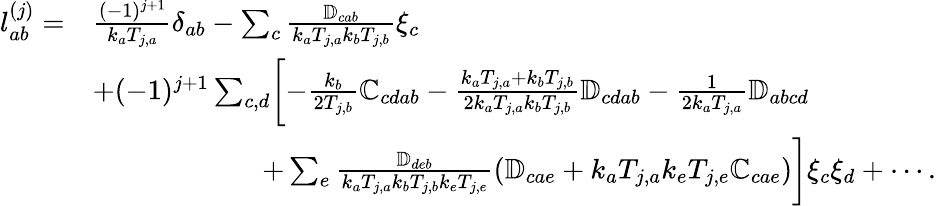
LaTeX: \begin{array}{rl}{\mathcal{l}_{ab}^{(j)}=}&{\frac{(-1)^{j+1}}{k_{a}T_{j,a}}\delta_{ab}-\sum_{c}\frac{\mathbb{D}_{cab}}{k_{a}T_{j,a}k_{b}T_{j,b}}\xi_{c}}\\ &{+(-1)^{j+1}\sum_{c,d}\biggl[-\frac{k_{b}}{2T_{j,b}}\mathbb{C}_{cdab}-\frac{k_{a}T_{j,a}+k_{b}T_{j,b}}{2k_{a}T_{j,a}k_{b}T_{j,b}}\mathbb{D}_{cdab}-\frac{1}{2k_{a}T_{j,a}}\mathbb{D}_{abcd}}\\ &{\qquad\qquad\qquad+\sum_{e}\frac{\mathbb{D}_{deb}}{k_{a}T_{j,a}k_{b}T_{j,b}k_{e}T_{j,e}}(\mathbb{D}_{cae}+k_{a}T_{j,a}k_{e}T_{j,e}\mathbb{C}_{cae})\biggl]\xi_{c}\xi_{d}+\cdots.}\end{array}